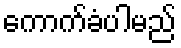
ကောက်ခံပါမည်